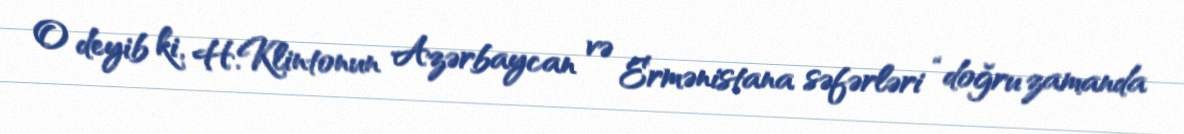
O deyib ki, H.Klintonun Azərbaycan və Ermənistana səfərləri “doğru zamanda